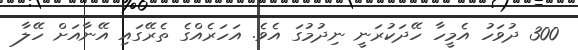
300 ދުވަހު އެމީހާ ހޭދަކުރަނީ ނިދުމުގަ އެވެ. އަހަރެއްގެ ތެރޭގައި އޭނާއަށް ހޭލާ